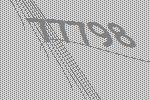
77798